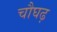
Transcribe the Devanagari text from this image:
चौघढ़